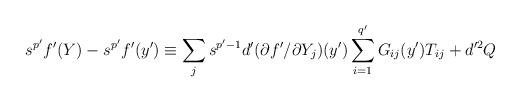
LaTeX: \begin{align*}s^{p'}f'(Y)-s^{p'}f'(y')\equiv \sum_js^{p'-1}d'(\partial f'/\partial Y_j)(y') \sum_{i=1}^{q'}G_{ij}(y')T_{ij}+d'^2 Q\end{align*}